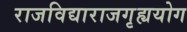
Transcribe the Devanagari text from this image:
राजविद्याराजगृह्ययोग